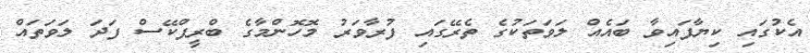
އެކުގައި ކިޔާފައިވާ ބައެއް ލަވަތަކުގެ ތެރޭގައި ފުރާވަރު މޮހޮންމާގެ ބްރީފްކޭސް ފަދަ ލަވަތައް